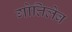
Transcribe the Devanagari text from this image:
गोत्तिलेब